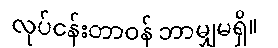
လုပ်ငန်းတာဝန် ဘာမျှမရှိ။